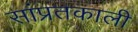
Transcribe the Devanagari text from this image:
सांप्रतकाली